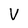
Character: V